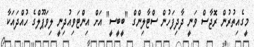
މީގެއިތުރުން ރޮޖާސް ވަނީ ދާދިފަހުން ސްޓާލިންގް "ބީބީސީ" އަށް އިންޓަވިއުދިނީ ލިވަޕޫލްގެ ހުއްދައަކާ